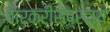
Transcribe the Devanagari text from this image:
वारकरीसंप्रदाय